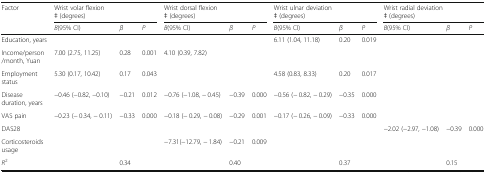
<table><thead><tr><td rowspan="2"><b>Factor</b></td><td colspan="3"><b>Wrist volar flexion ǂ (degrees)</b></td><td colspan="3"><b>Wrist dorsal flexion ǂ (degrees)</b></td><td colspan="3"><b>Wrist ulnar deviation ǂ (degrees)</b></td><td colspan="3"><b>Wrist radial deviation ǂ (degrees)</b></td></tr><tr><td><b><i>B</i>(95% CI)</b></td><td><b><i>β</i></b></td><td><b><i>P</i></b></td><td><b><i>B</i>(95% CI)</b></td><td><b><i>β</i></b></td><td><b><i>P</i></b></td><td><b><i>B</i>(95% CI)</b></td><td><b><i>β</i></b></td><td><b><i>P</i></b></td><td><b><i>B</i>(95% CI)</b></td><td><b><i>β</i></b></td><td><b><i>P</i></b></td></tr></thead><tbody><tr><td>Education, years</td><td></td><td></td><td></td><td></td><td></td><td></td><td>6.11 (1.04, 11.18)</td><td>0.20</td><td>0.019</td><td></td><td></td><td></td></tr><tr><td>Income/person/month, Yuan</td><td>7.00 (2.75, 11.25)</td><td>0.28</td><td>0.001</td><td>4.10 (0.39, 7.82)</td><td></td><td></td><td></td><td></td><td></td><td></td><td></td><td></td></tr><tr><td>Employment status</td><td>5.30 (0.17, 10.42)</td><td>0.17</td><td>0.043</td><td></td><td></td><td></td><td>4.58 (0.83, 8.33)</td><td>0.20</td><td>0.017</td><td></td><td></td><td></td></tr><tr><td>Disease duration, years</td><td>−0.46 (−0.82, −0.10)</td><td>−0.21</td><td>0.012</td><td>−0.76 (−1.08, − 0.45)</td><td>−0.39</td><td>0.000</td><td>−0.56 (− 0.82, − 0.29)</td><td>−0.35</td><td>0.000</td><td></td><td></td><td></td></tr><tr><td>VAS pain</td><td>−0.23 (− 0.34, − 0.11)</td><td>−0.33</td><td>0.000</td><td>−0.18 (− 0.29, − 0.08)</td><td>−0.29</td><td>0.001</td><td>−0.17 (− 0.26, − 0.09)</td><td>−0.33</td><td>0.000</td><td></td><td></td><td></td></tr><tr><td>DAS28</td><td></td><td></td><td></td><td></td><td></td><td></td><td></td><td></td><td></td><td>−2.02 (−2.97, −1.08)</td><td>−0.39</td><td>0.000</td></tr><tr><td>Corticosteroids usage</td><td></td><td></td><td></td><td>−7.31(−12.79, − 1.84)</td><td>−0.21</td><td>0.009</td><td></td><td></td><td></td><td></td><td></td><td></td></tr><tr><td><i>R</i><sup>2</sup></td><td></td><td>0.34</td><td></td><td></td><td>0.40</td><td></td><td></td><td>0.37</td><td></td><td></td><td>0.15</td><td></td></tr></tbody></table>